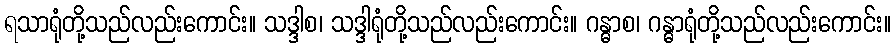
ရသာရုံတို့သည်လည်းကောင်း။ သဒ္ဒါစ၊ သဒ္ဒါရုံတို့သည်လည်းကောင်း။ ဂန္ဓာစ၊ ဂန္ဓာရုံတို့သည်လည်းကောင်း။